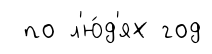
по л'ю́д'ях год